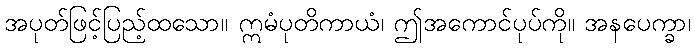
အပုတ်ဖြင့်ပြည့်ထသော။ ဣမံပုတိကာယံ၊ ဤအကောင်ပုပ်ကို။ အနပေက္ခာ၊